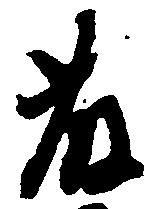
藤